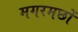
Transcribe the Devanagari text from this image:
मगरमछों